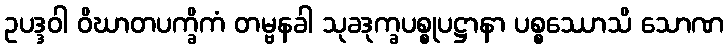
ဥပဒ္ဒဝါ ဝိဃာတပက္ခိကံ တမ္ဗနခါ သုခဒုက္ခပစ္စုပဋ္ဌာနာ ပစ္စဿောသိ သောဏ